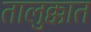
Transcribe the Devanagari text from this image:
तालुक्कात